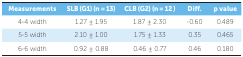
<table><thead><tr><td><b>Measurements</b></td><td><b>SLB (G1) (n = 13)</b></td><td><b>CLB (G2) (n = 12 )</b></td><td><b>Diff.</b></td><td><b>p value</b></td></tr></thead><tbody><tr><td> 4-4 width</td><td> 1.27 ± 1.95</td><td> 1.87 ± 2.30</td><td> -0.60</td><td> 0.489</td></tr><tr><td> 5-5 width</td><td> 2.10 ± 1.00</td><td> 1.75 ± 1.33</td><td> 0.35</td><td> 0.465</td></tr><tr><td> 6-6 width</td><td> 0.92 ± 0.88</td><td> 0.46 ± 0.77</td><td> 0.46</td><td> 0.180</td></tr></tbody></table>